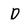
Character: D